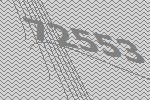
72553